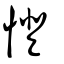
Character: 憕